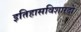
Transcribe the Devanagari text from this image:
इतिहासविशारदों